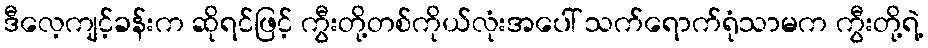
ဒီလေ့ကျင့်ခန်းက ဆိုရင်ဖြင့် ကွီးတို့တစ်ကိုယ်လုံးအပေါ် သက်ရောက်ရုံသာမက ကွီးတို့ရဲ့